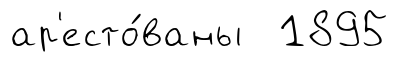
ар'есто́ваны 1895